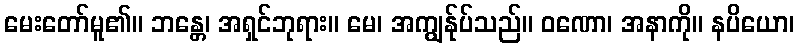
မေးတော်မူ၏။ ဘန္တေ၊ အရှင်ဘုရား။ မေ၊ အကျွန်ုပ်သည်။ ဝဏော၊ အနာကို။ နပိယော၊